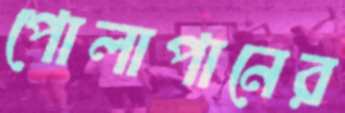
পোলাপানের